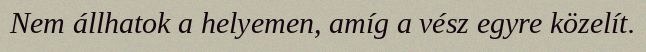
Nem állhatok a helyemen, amíg a vész egyre közelít.